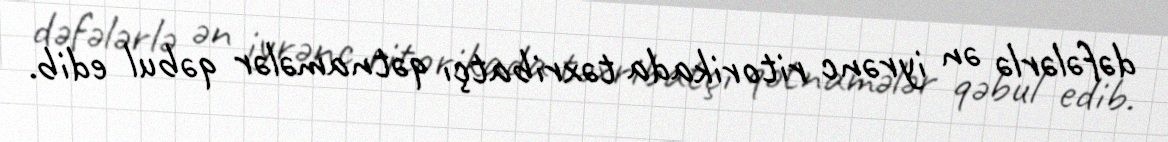
dəfələrlə ən iyrənc ritorikada təxribatçı qətnamələr qəbul edib.